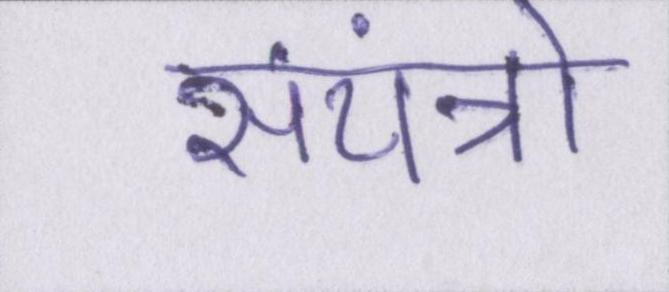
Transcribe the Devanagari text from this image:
संयंत्रों